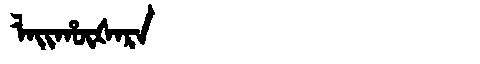
Manchu: ᠯᠠᡳᡥᡡᡧᠠᡵᠠ
Romanization: LAIHŪŠARA